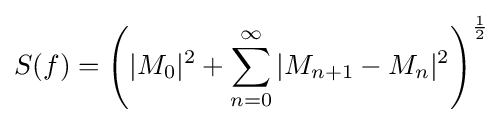
S(f)=\left(|M_{0}|^{2}+\sum _{n=0}^{\infty }|M_{n+1}-M_{n}|^{2}\right)^{\frac {1}{2}}